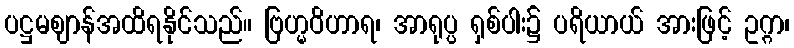
ပဋ္ဌမဈာန်အထိရနိုင်သည်။ ဗြဟ္မဝိဟာရ၊ အာရုပ္ပ ရှစ်ပါး၌ ပရိယာယ် အားဖြင့် ဥဂ္ဂာ၊